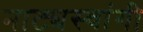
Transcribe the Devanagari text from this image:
नाट्यस्वांगी